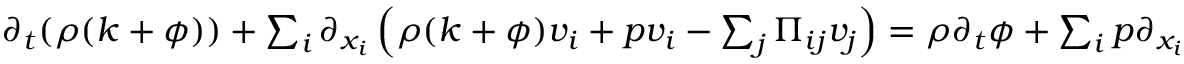
\begin{array} { r } { \partial _ { t } ( \rho ( k + \phi ) ) + \sum _ { i } \partial _ { x _ { i } } \left( \rho ( k + \phi ) v _ { i } + p v _ { i } - \sum _ { j } \Pi _ { i j } v _ { j } \right) = \rho \partial _ { t } \phi + \sum _ { i } p \partial _ { x _ { i } } v _ { i } - \sum _ { i j } \Pi _ { i j } \partial _ { x _ { i } } v _ { j } \, . } \end{array}